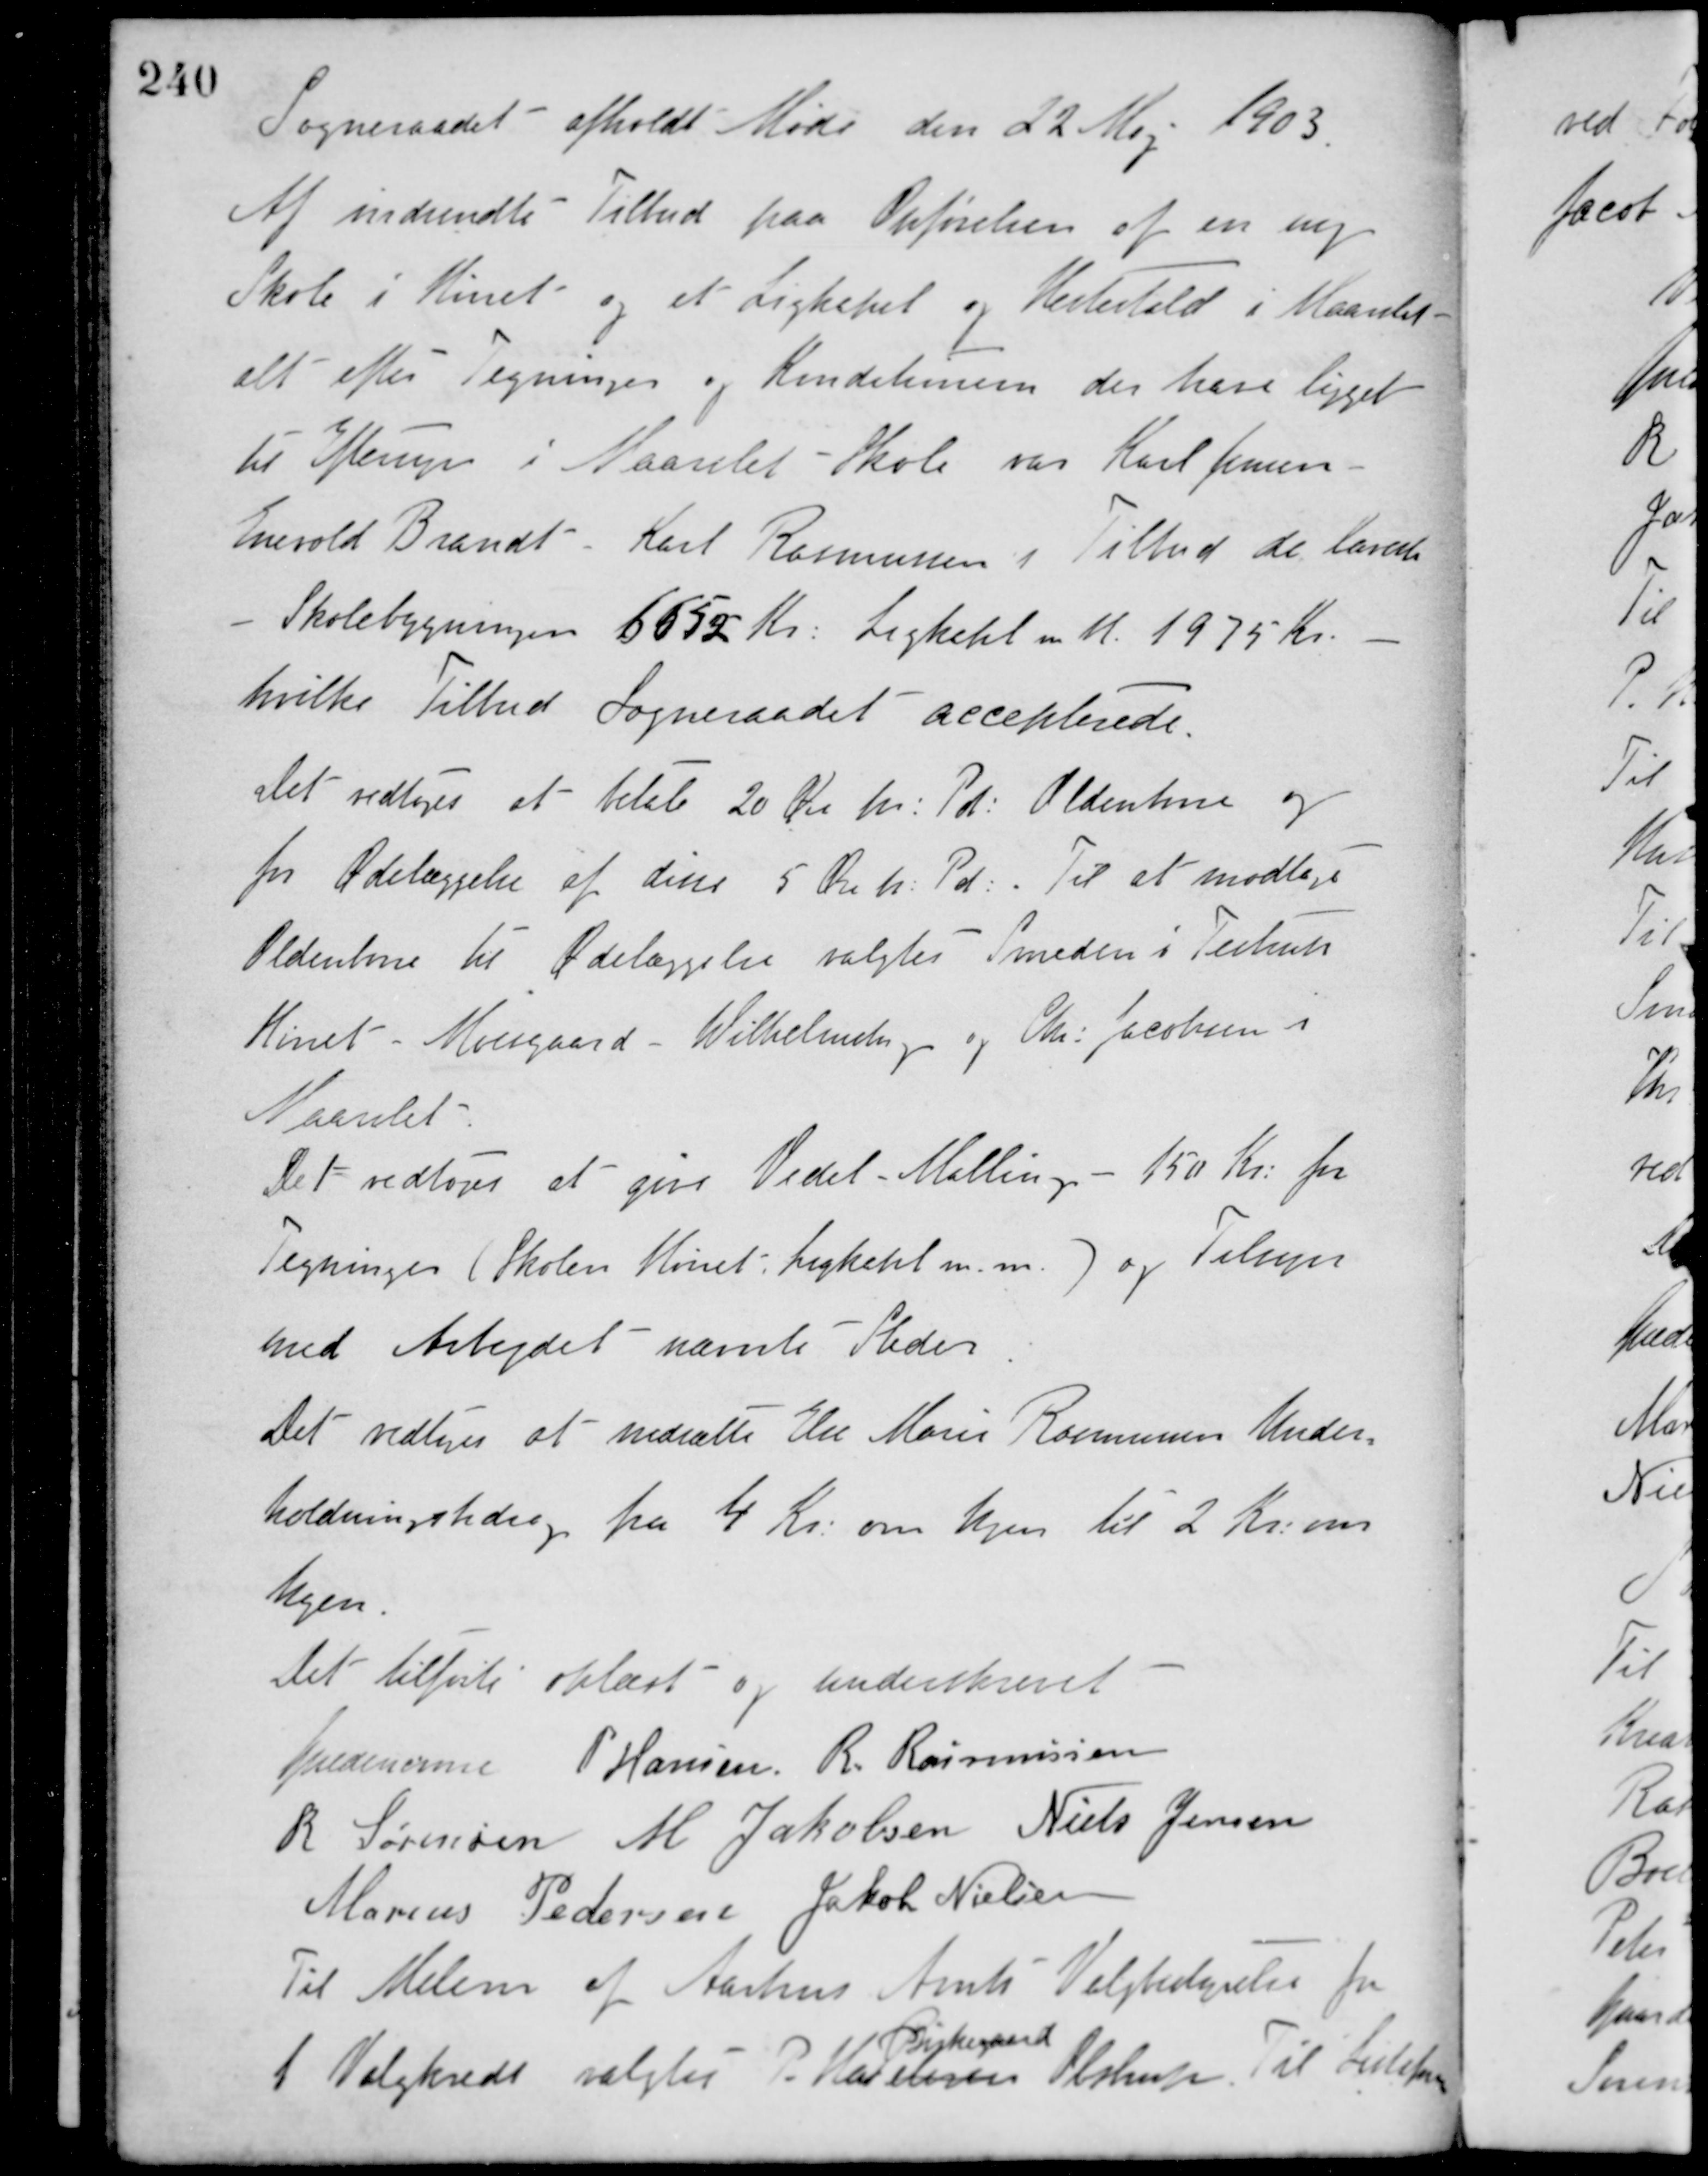
Transskription:
Sogneraadet afholdt Møde den 22 Maj 1903.
Af indsendte Tilbud paa Opførelsen af en ny
Skole i Hørret og et Ligkapel og Hestestald i Maarslet
alt efter Tegninger og Konditioner der have ligget
til Eftersyn i Maarslet Skole var Karl Jensen,
Enevold Brandt, Karl Rasmussen i Tilbud de laveste.
Skolebygningen 6552 Kr. Ligkapel m. H. 1975 Kr.,
hvilke Tilbud Sogneraadet accepterede.
Det vedtoges at betale 20 Øre pr. Pd: Oldenborre og
for Ødelæggelse af disse 5 Øre pr. Pd:. Til at modtage
Oldenborre til Ødelæggelse valgtes Smeden i Testrup.
Hørret - Moesgaard - Wilhelmsborg og Chr. Jacobsen i
Maarslet.
Det vedtoges at give Vedel-Malling - 150 Kr. for
Tegninger (Skolen Hørret, Ligkapel m. m.) og Tilsyn
med Arbejdet nævnte Steder
Det vedtoges at nedsætte Else Marie Rasmussens Under-
holdningsbidrag fra 4 Kr. om Ugen til 2 Kr. om
Ugen.
Det tilførte oplæst og underskrevet
Guldencrone P. Hansen R. Rasmussen
R. Sørensen M. Jakobsen Niels Jensen
Marius Pedersen Jakob Nielsen
Til Medlem af Aarhus Amts Valgbestyrelse fra
1 Valgkreds valgtes P. H. Petersen
Birkegaard
Obstrup til Listefører